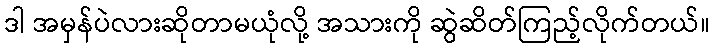
ဒါ အမှန်ပဲလားဆိုတာမယုံလို့ အသားကို ဆွဲဆိတ်ကြည့်လိုက်တယ်။